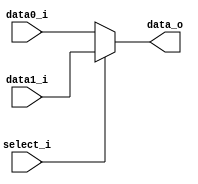
//Subject:     CO project 2 - MUX 221
//--------------------------------------------------------------------------------
//Version:     1
//--------------------------------------------------------------------------------
//Writer:       0340249
//----------------------------------------------
//----------------------------------------------
//Description: 
//--------------------------------------------------------------------------------
     
module MUX_2to1(
               data0_i,
               data1_i,
               select_i,
               data_o
);

parameter size = 0;			   
			
//I/O ports               
input   [size-1:0] data0_i;          
input   [size-1:0] data1_i;
input              select_i;
output  [size-1:0] data_o; 

//Internal Signals
reg     [size-1:0] data_o;

//Main function
always @(data0_i or data1_i or select_i)
begin
data_o = select_i? data1_i: data0_i;
end

endmodule      

/*
module stimulus;

reg in0, in1;
reg s;
wire out;

MUX_2to1 mux(in0, in1, s, out);

initial
begin
	in0 = 1; in1 = 2;
	$display("%b, %b", in0, in1);

	s = 0;
	#1 $display("%b", out);

	s = 1;
	#1 $display("%b", out);
end

endmodule
*/